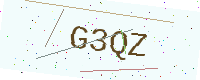
Text: G3QZ